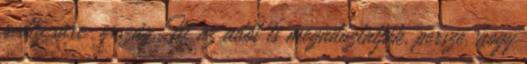
pedig sarc-ország. Itt az adót is megadóztatják, persze, hogy